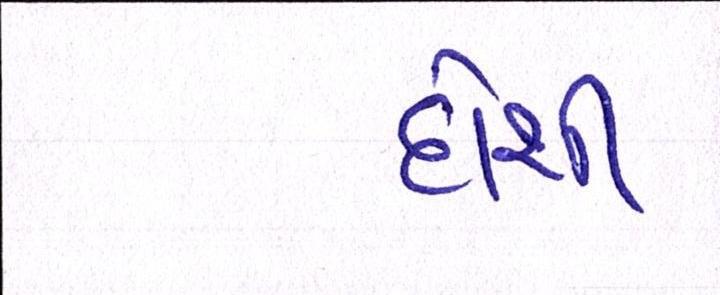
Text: દોશી